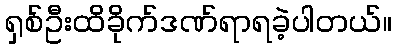
ရှစ်ဦးထိခိုက်ဒဏ်ရာရခဲ့ပါတယ်။